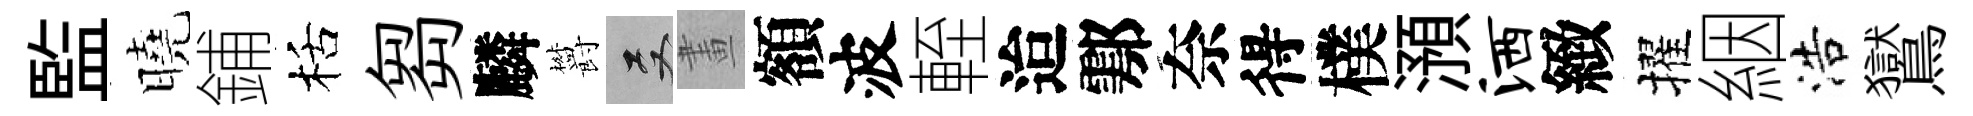
監曉鋪栝芻麟欝双畫額波輊迨鄠奈得樸澦洒緻擢絪浩鸑